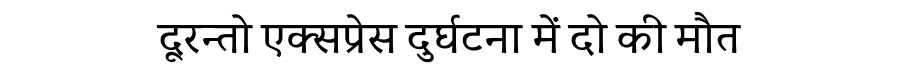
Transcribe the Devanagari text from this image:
दूरन्तो एक्सप्रेस दुर्घटना में दो की मौत